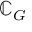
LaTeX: { \mathbb { C } } _ { G }